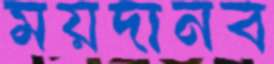
ময়দানব